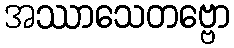
အဿာသေတဗ္ဗော